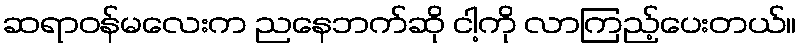
ဆရာဝန်မလေးက ညနေဘက်ဆို ငါ့ကို လာကြည့်ပေးတယ်။